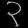
Digit: ၃